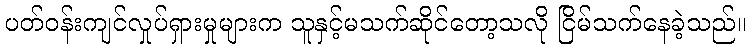
ပတ်ဝန်းကျင်လှုပ်ရှားမှုများက သူနှင့်မသက်ဆိုင်တော့သလို ငြိမ်သက်နေခဲ့သည်။